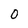
Character: 0